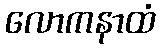
လောကနာထံ